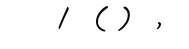
/  ( )